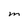
Character: M